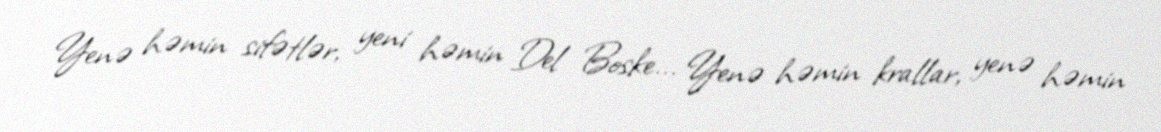
Yenə həmin sifətlər, yeni həmin Del Boske... Yenə həmin krallar, yenə həmin